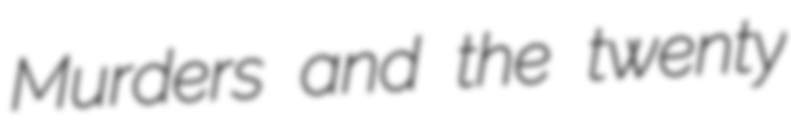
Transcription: Murders and the twenty